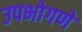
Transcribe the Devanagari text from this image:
उपभोगणे